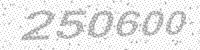
Solution: 250600